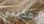
يمكنني